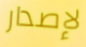
لإصدار